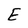
Character: E